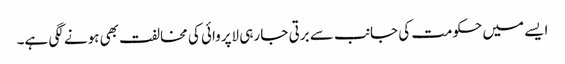
ایسے میں حکومت کی جانب سے برتی جا رہی لاپروائی کی مخالفت بھی ہونے لگی ہے۔